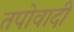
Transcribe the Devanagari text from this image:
तपोवादी